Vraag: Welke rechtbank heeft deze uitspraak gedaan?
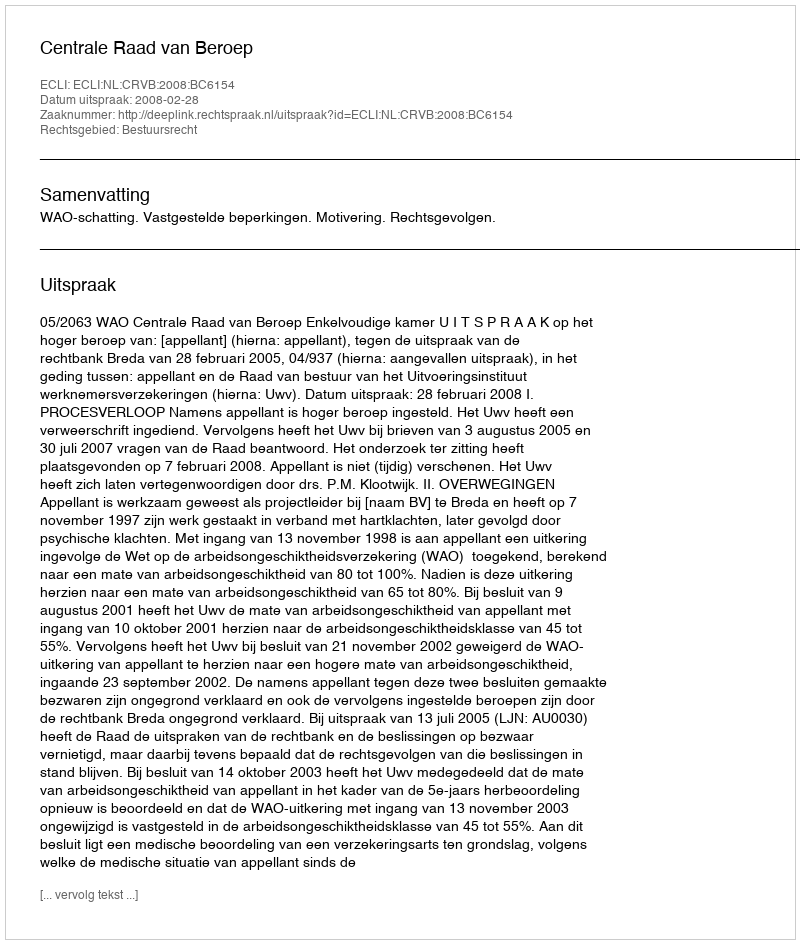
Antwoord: Centrale Raad van Beroep